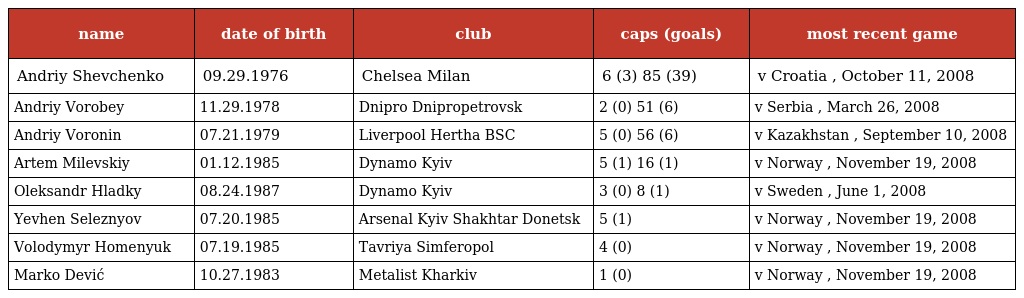
| name | date of birth | club | caps (goals) | most recent game |
 | --- | --- | --- | --- | --- |
 | Andriy Shevchenko | 09.29.1976 | Chelsea Milan | 6 (3) 85 (39) | v Croatia , October 11, 2008 |
 | Andriy Vorobey | 11.29.1978 | Dnipro Dnipropetrovsk | 2 (0) 51 (6) | v Serbia , March 26, 2008 |
 | Andriy Voronin | 07.21.1979 | Liverpool Hertha BSC | 5 (0) 56 (6) | v Kazakhstan , September 10, 2008 |
 | Artem Milevskiy | 01.12.1985 | Dynamo Kyiv | 5 (1) 16 (1) | v Norway , November 19, 2008 |
 | Oleksandr Hladky | 08.24.1987 | Dynamo Kyiv | 3 (0) 8 (1) | v Sweden , June 1, 2008 |
 | Yevhen Seleznyov | 07.20.1985 | Arsenal Kyiv Shakhtar Donetsk | 5 (1) | v Norway , November 19, 2008 |
 | Volodymyr Homenyuk | 07.19.1985 | Tavriya Simferopol | 4 (0) | v Norway , November 19, 2008 |
 | Marko Dević | 10.27.1983 | Metalist Kharkiv | 1 (0) | v Norway , November 19, 2008 |